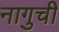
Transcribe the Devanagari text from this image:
नागुची